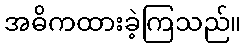
အဓိကထားခဲ့ကြသည်။